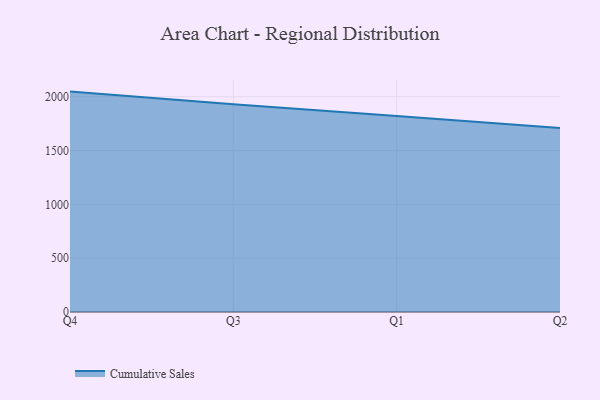
{"axis": {"x": "Quarter", "y": "Energy Usage (MWh)"}, "legend": ["Cumulative Sales"], "data": [{"x": "Q4", "y": 2047.0, "type": "Cumulative Sales"}, {"x": "Q3", "y": 1928.9, "type": "Cumulative Sales"}, {"x": "Q1", "y": 1819.7, "type": "Cumulative Sales"}, {"x": "Q2", "y": 1708.2, "type": "Cumulative Sales"}]}